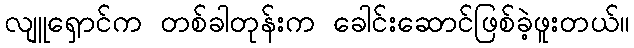
လျူရှောင်က တစ်ခါတုန်းက ခေါင်းဆောင်ဖြစ်ခဲ့ဖူးတယ်။